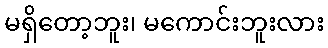
မရှိတော့ဘူး၊ မကောင်းဘူးလား